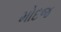
મોદજ